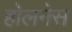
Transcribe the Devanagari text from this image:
होलनेस